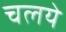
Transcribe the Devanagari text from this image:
चलये